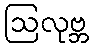
ဩလုဗ္ဘ